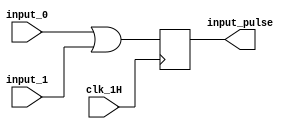
module input_pulse(
    input clk_1H,
    input input_0,
    input input_1,
    output input_pulse
    );
        reg Q=0;
        reg D=0;
        
        wire inp_pulse;
        
        assign inp_pulse=input_0|input_1;
        
        always@(posedge clk_1H)begin
            Q<=D;
        end
        
        always@(*)begin
        D=inp_pulse;
        end
        
        assign input_pulse=Q;
endmodule